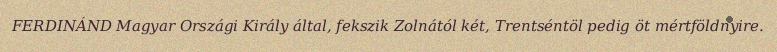
FERDINÁND Magyar Országi Király által, fekszik Zolnától két, Trentséntöl pedig öt mértföldnyire.